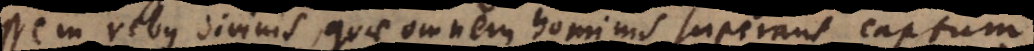
in rebus divinis, quae omnem hominis superant captum